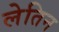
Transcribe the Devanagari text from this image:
लेतिन